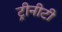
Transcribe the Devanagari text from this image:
ट्रीनीटी